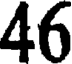
46